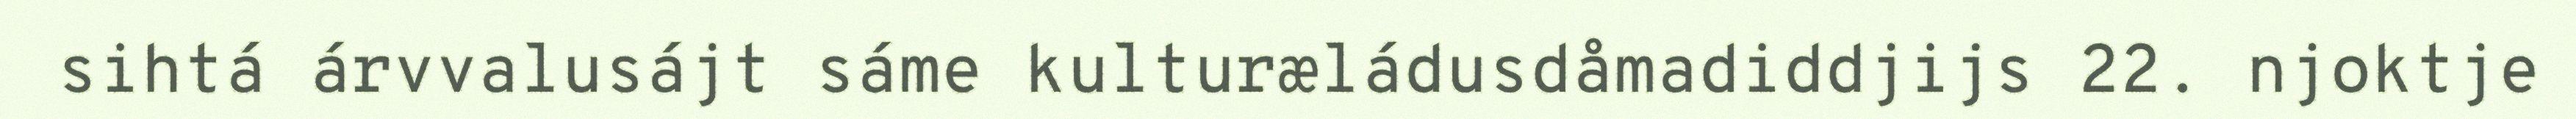
sihtá árvvalusájt sáme kulturæládusdåmadiddjijs 22. njoktje